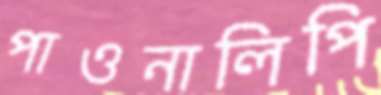
পাওনালিপি